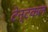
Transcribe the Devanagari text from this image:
टेन्टकल